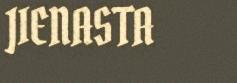
JIENASTA